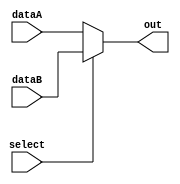
`timescale 1ns / 1ps


module mux32(
    input [31:0] dataA,
    input [31:0] dataB,
    input select,
    output [31:0] out
    );

    assign out = select ? dataB : dataA;
endmodule